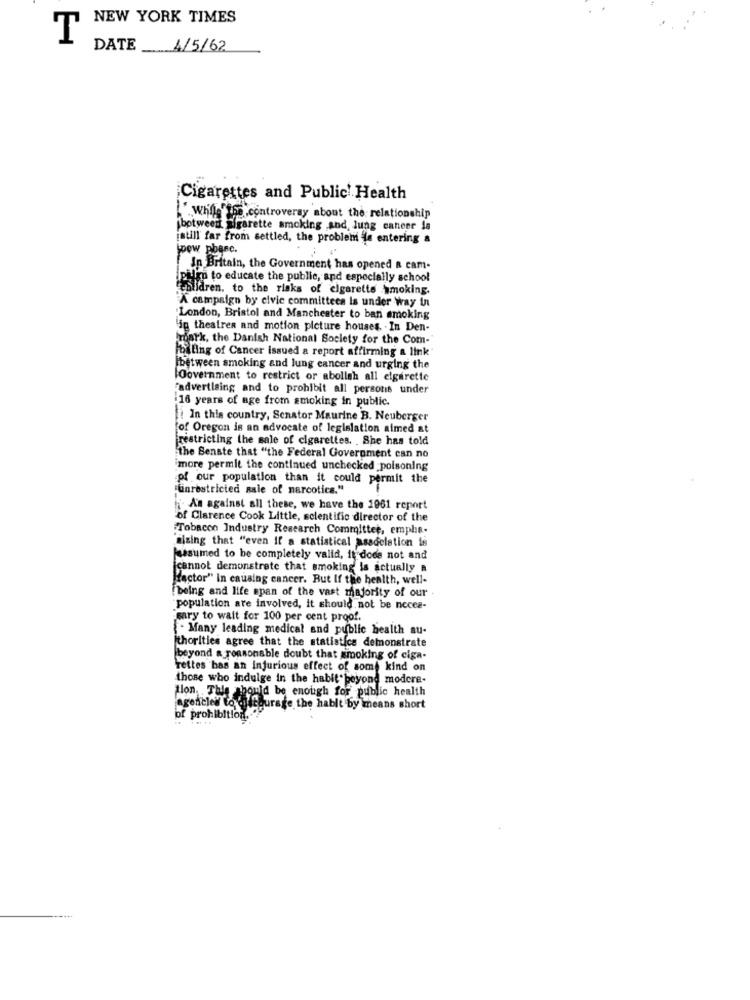
NEW YORK TIMES
T
DATE 4/5/62
Cigarettes and Public Health
L' while"iss controversy about the relationship
ibetween sigarette smoking and lung cancer la
jatill far from settled, the problem is entering a
joew phare.
In Britain, the Government has opened a cam-
ipulm to educate the public, and especially school
Cebildren, to the risks of cigarette smoking.
A campaign by civic committees is under way in
London, Bristol and Manchester to ban smoking
lig theatren and motion picture houses. . In Den-
mark, the Danish National Society for the Com-
Ibiling of Cancer issued a report affirming a link"
jbetween smoking and lung cancer and urging the
Oovernment to restrict or abollah all elgarette
'advertising and to prohibit all persons under
:16 years of age from smoking in public.
In this country, Senator Maurine B. Neuberger
of Oregon is an advocate of legislation aimed at
restricting the sale of cigarettes. . She has told
the Senate that "the Federal Government can no
imore permit the continued unchecked poisoning
of our population than it could permit the
"unrestricted sale of narcotics."
An against all these, we have the 1961 report
of Clarence Cook Little, scientific director of the
Tobacco Industry Research Committee, empha-
sizing that "even if a statistical assdeletion is
Iassumed to be completely valid, it does not and
icannot demonstrate that smoking is actually a
Hactor" In causing cancer. But If the health, well-
being and life span of the vast majority of our
"population are involved, it should not be nocee-
"sary to wait for 100 per cent proof.
Many leading medical and public health au-
ithorities agree that the statistics demonstrate
beyond a reasonable doubt that smoking of ciga-
rettes bas an injurious effect of some kind on
those who indulge in the habit beyond modere-
Hon, This should be enough for public health
agencies to figurate the habit by means short
of prohibition ...